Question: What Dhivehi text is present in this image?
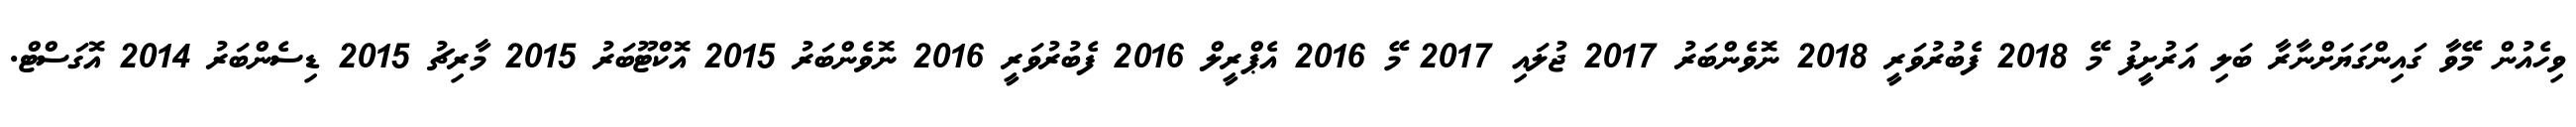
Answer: ވިހެއުން މޭވާ ގައިންގަޔަށްނާރާ ބަލި އަރުށީފު މޭ 2018 ފެބުރުވަރީ 2018 ނޮވެންބަރު 2017 ޖުލައި 2017 މޭ 2016 އެޕްރީލް 2016 ފެބުރުވަރީ 2016 ނޮވެންބަރު 2015 އޮކްޓޫބަރު 2015 މާރިޗު 2015 ޑިސެންބަރު 2014 އޮގަސްޓް.